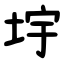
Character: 㘾